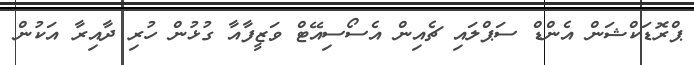
ޕްރޮޑަކްޝަން އެންޑް ސަޕްލައި ޗެއިން އެސޯސިއޭޓް ވަޒީފާއާ ގުޅުން ހުރި ދާއިރާ އަކުން